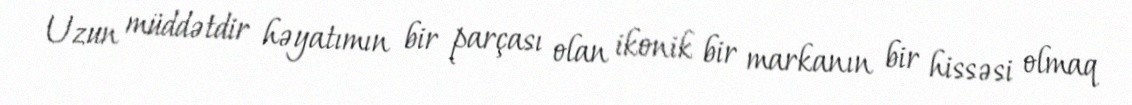
Uzun müddətdir həyatımın bir parçası olan ikonik bir markanın bir hissəsi olmaq